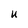
Character: U